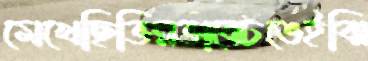
মেখেছিভিন্নভাবেঢঙেইঝি